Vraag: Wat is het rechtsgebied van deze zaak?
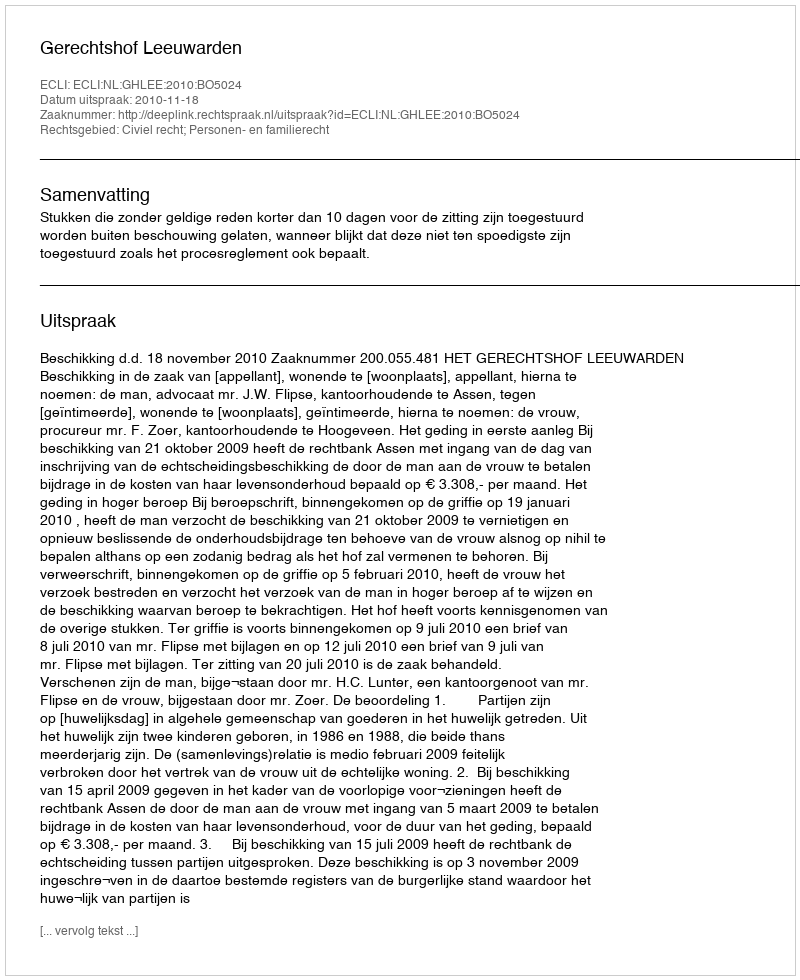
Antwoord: Civiel recht; Personen- en familierecht